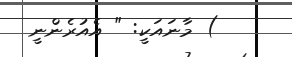
) މާނައަކީ: " އެއުރެންނީ